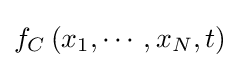
f_{C}\left(x_{1},\cdots ,x_{N},t\right)